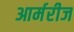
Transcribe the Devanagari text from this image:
आर्मरीज